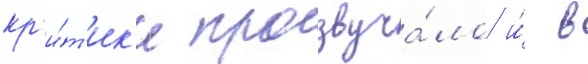
кр'и́т'ик'и прозвуча́ло и́ в